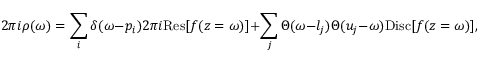
2 \pi i \rho ( \omega ) = \sum _ { i } \delta ( \omega - p _ { i } ) 2 \pi i \mathrm { R e s } [ f ( z = \omega ) ] + \sum _ { j } \Theta ( \omega - l _ { j } ) \Theta ( u _ { j } - \omega ) \mathrm { D i s c } [ f ( z = \omega ) ] ,